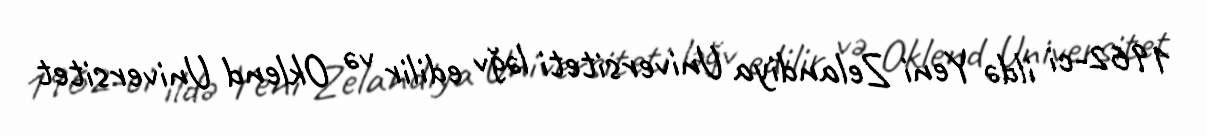
1962-ci ildə Yeni Zelandiya Universiteti ləğv edilir və Oklend Universitet